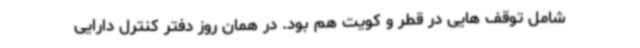
شامل توقف هایی در قطر و کویت هم بود. در همان روز دفتر کنترل دارایی